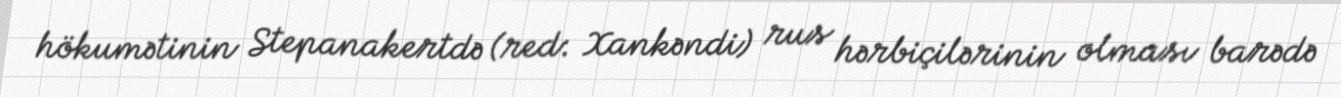
hökumətinin Stepanakertdə (red: Xankəndi) rus hərbiçilərinin olması barədə